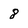
Character: 8